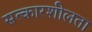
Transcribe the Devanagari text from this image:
सत्कारशीलता